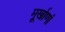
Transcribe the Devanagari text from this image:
मूर्खाणां